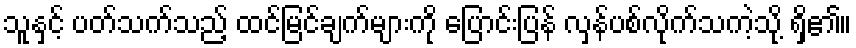
သူနှင့် ပတ်သက်သည့် ထင်မြင်ချက်များကို ပြောင်းပြန် လှန်ပစ်လိုက်သကဲ့သို့ ရှိ၏။